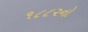
૧૮૮૨નો